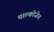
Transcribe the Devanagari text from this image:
चाल्कोजेन